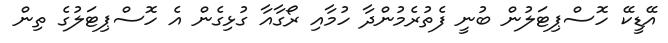
އޭޑީކޭ ހޮސްޕިޓަލުން ބުނީ ފެތުރެމުންދާ ހުމާއި ރޯގާއާ ގުޅިގެން އެ ހޮސްޕިޓަލުގެ ތިން